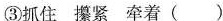
③抓住 攥紧 牵着 ( )